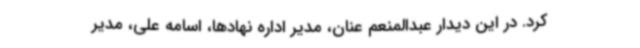
کرد. در این دیدار عبدالمنعم عنان، مدیر اداره نهادها، اسامه علی، مدیر